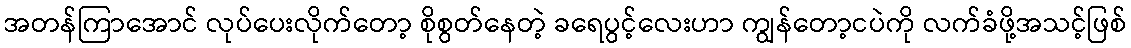
အတန်ကြာအောင် လုပ်ပေးလိုက်တော့ စိုစွတ်နေတဲ့ ခရေပွင့်လေးဟာ ကျွန်တော့ငပဲကို လက်ခံဖို့အသင့်ဖြစ်